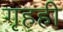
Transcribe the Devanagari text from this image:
गृहही